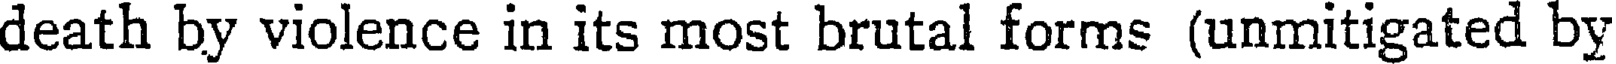
death by violence in its most brutal forms (unmitigated by